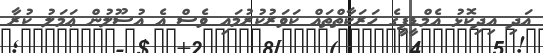
އަދި އިދިކޮޅު އެމްޑީޕީގެ ހަރަކާތްތައް ކަވަރުކުރުމައި ވެސް އެ އުސޫލުން ޢަމަލު ކުރާ